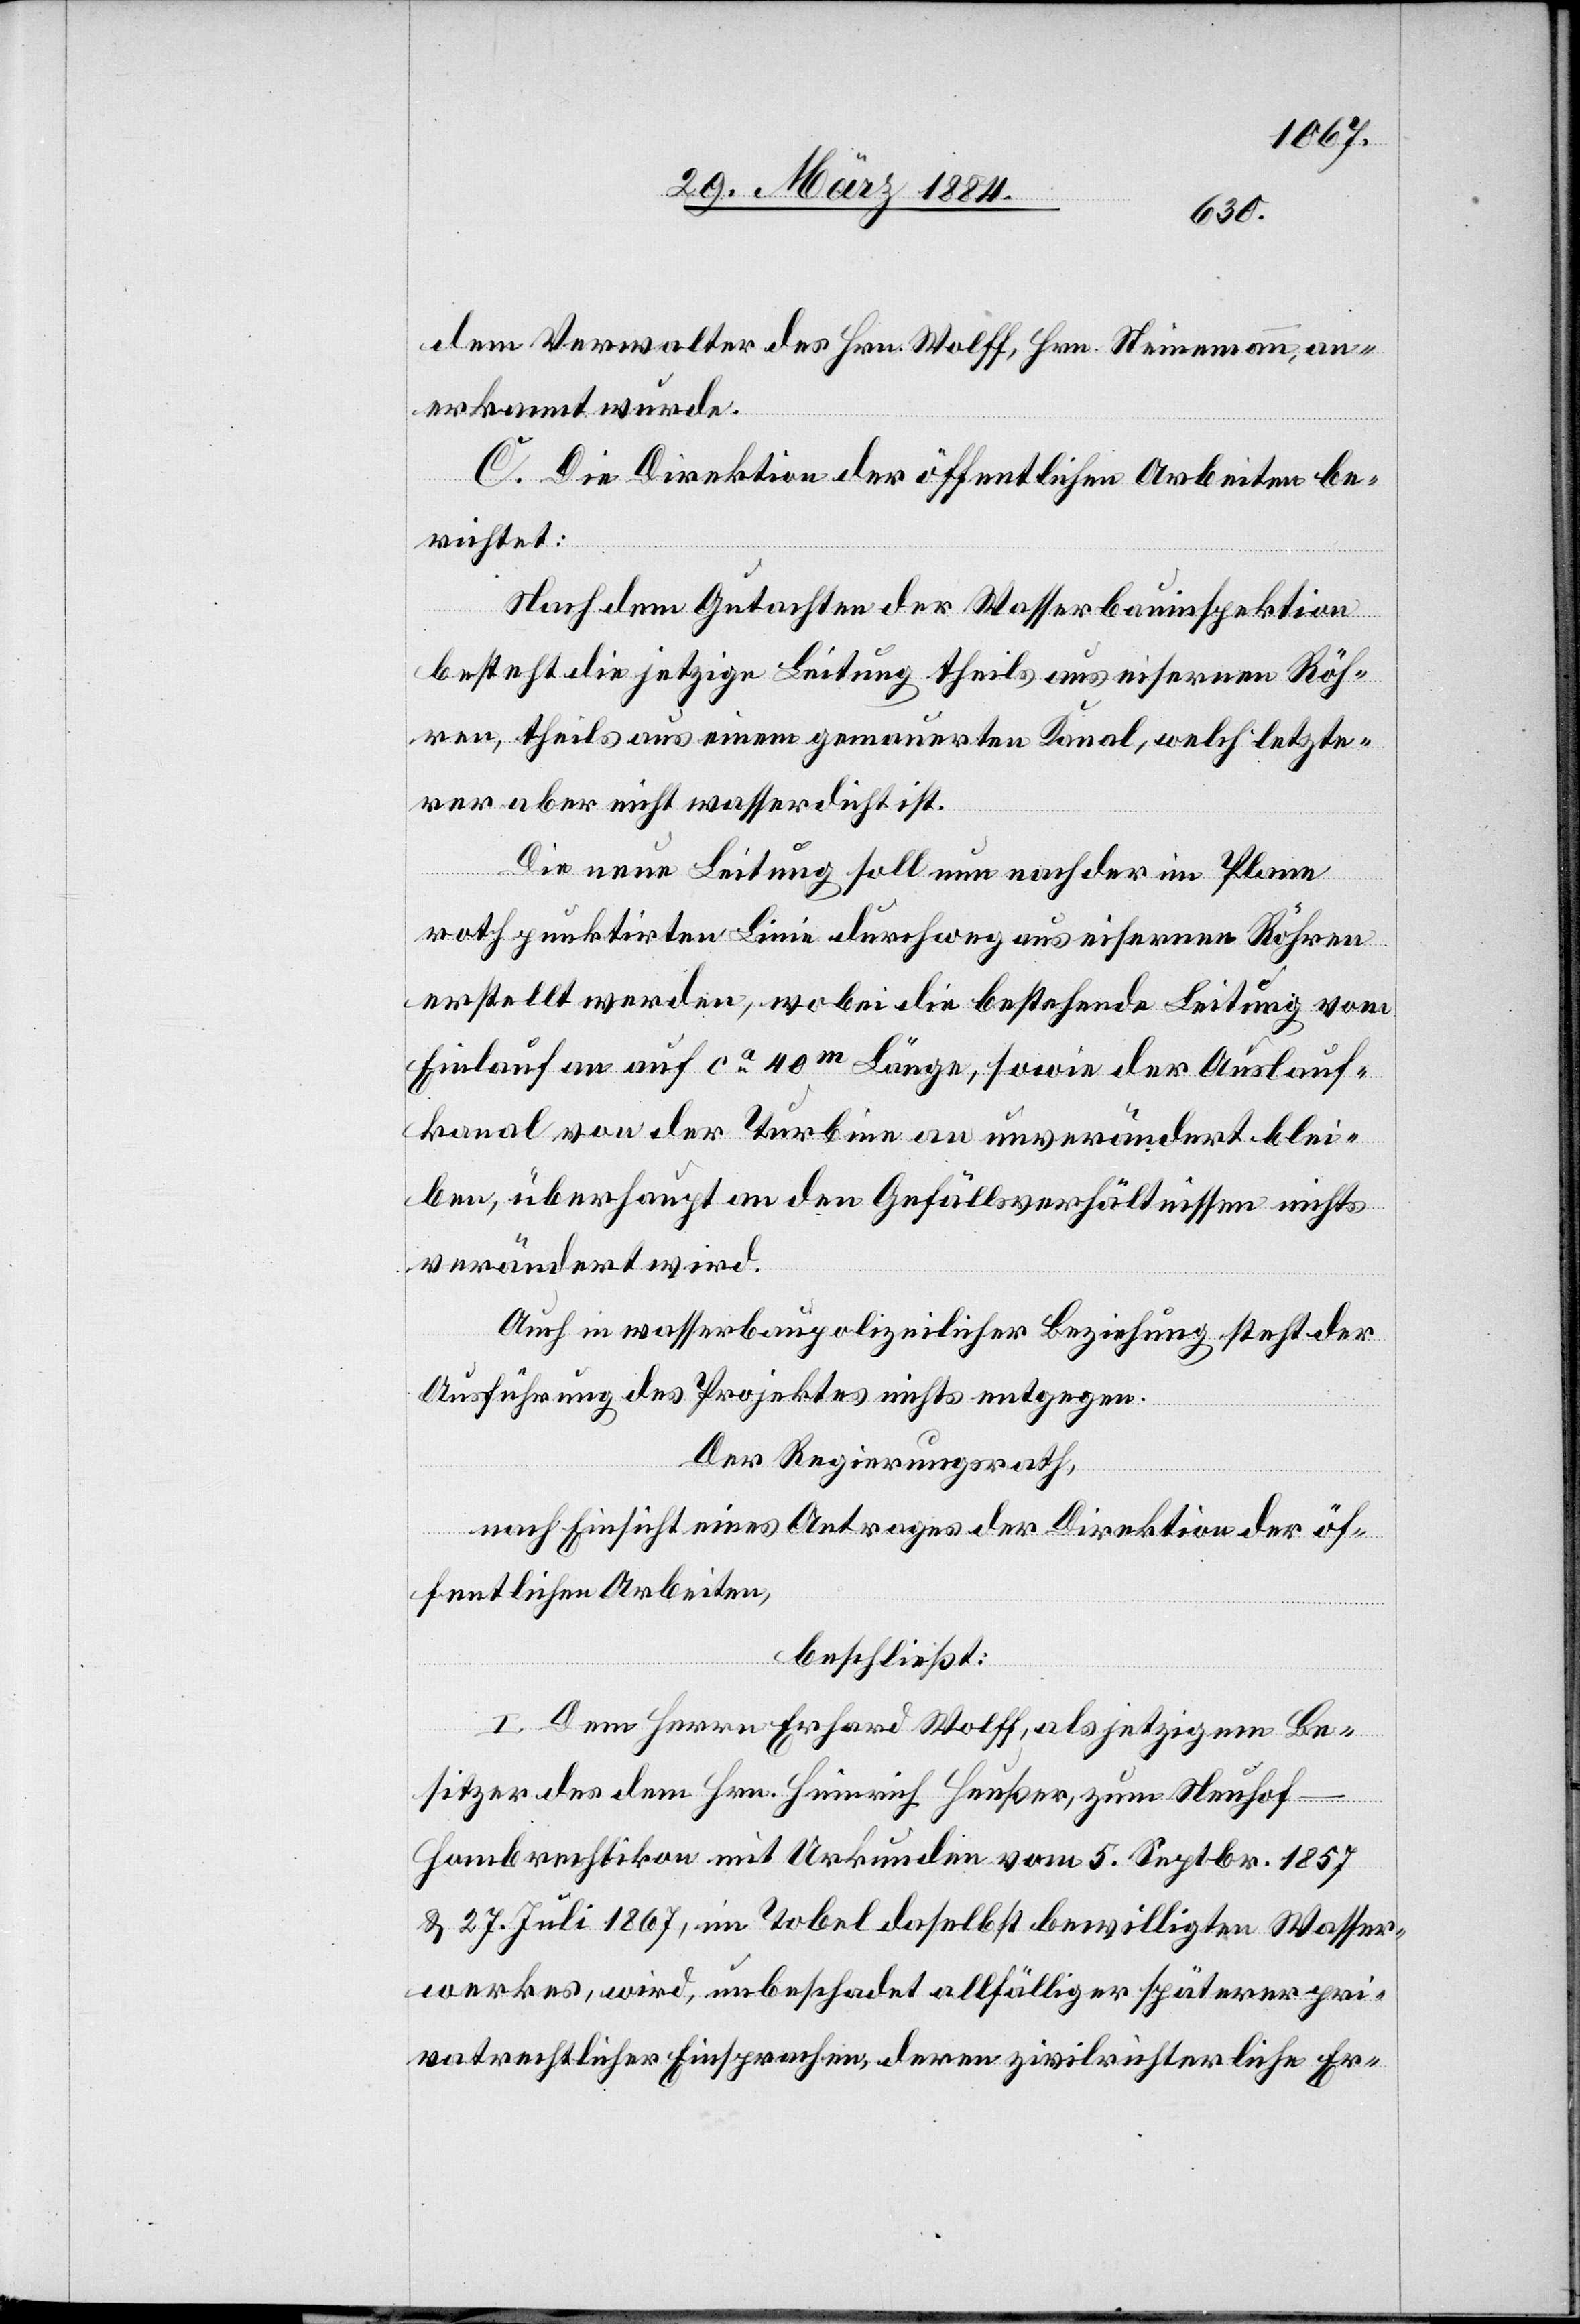
dem Verwalter des Hrn. Wolff, Hrn. Steinemann, an¬
erkannt wurde.
C. Die Direktion der öffentlichen Arbeiten be¬
richtet:
Nach dem Gutachten der Wasserbauinspektion
besteht die jetzige Leitung theils aus eisernen Röh¬
ren, theils aus einem gemauerten Kanal, welch letzte¬
rer aber nicht wasserdicht ist.
Die neue Leitung soll nun nach der im Plane
roth punktirten Linie durchweg aus eisernen Röhren
erstellt werden, wobei die bestehende Leitung vom
Einlauf an auf ca 40m Länge, sowie der Auslauf¬
kanal von der Turbine an unverändert blei¬
be, überhaupt an den Gefällsverhältnissen nichts
verändert wird.
Auch in wasserbaupolizeilicher Beziehung steht der
Ausführung des Projektes nichts entgegen.
Der Regierungsrath,
nach Einsicht eines Antrages der Direktion der öf¬
fentlichen Arbeiten,
beschließt:
I. Dem Herrn Erhard Wolff, als jetzigem Be¬
sitzer des dem Hrn. Heinrich Heußer, zum Neuhof
Hombrechtikon mit Urkunde vom 5. Septbr. 1857
& 27. Juli 1867, im Tobel daselbst bewilligten Wasser¬
werkes, wird, unbeschadet allfälliger späterer pri¬
vatrechtlicher Einsprachen, deren zivilrichterliche Er-